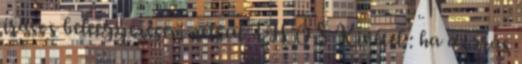
írásos beleegyezésem nélkül TILOS Kivétel : ha az írás